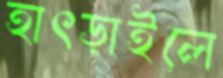
হাৎড়াইলে